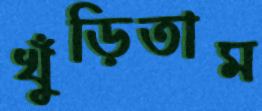
খুঁড়িতাম